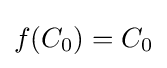
f(C_{0})=C_{0}